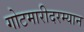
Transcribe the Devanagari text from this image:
गोटमारीदरम्यान